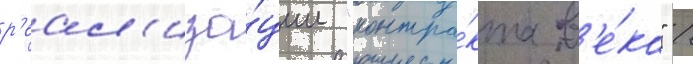
р'еал'иза́ции "контра́кта в'е́ка" /